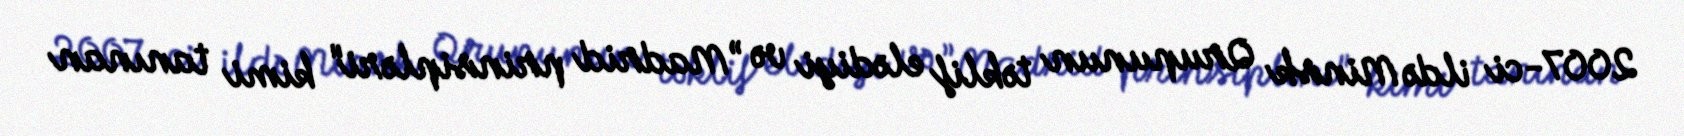
2007-ci ildə Minsk Qrupunun təklif elədiyi və ”Madrid prinsipləri" kimi tanınan